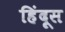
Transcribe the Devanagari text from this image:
हिंदूस